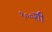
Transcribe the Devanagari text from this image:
१००शी